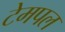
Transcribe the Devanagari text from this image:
टेमपल